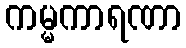
ကမ္မကာရဏာ